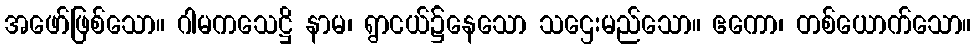
အဖော်ဖြစ်သော။ ဂါမကသေဋ္ဌိ နာမ၊ ရွာငယ်၌နေသော သဌေးမည်သော။ ဧကော၊ တစ်ယောက်သော။